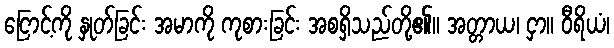
ငြောင့်ကို နှုတ်ခြင်း အမာကို ကုစားခြင်း အစရှိသည်တို့၏။ အတ္တာယ၊ ငှာ။ ဝီရိယံ၊